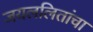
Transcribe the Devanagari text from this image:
जयललितांचा